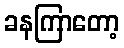
ခနကြာတော့